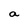
Character: a